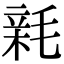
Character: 𣮭